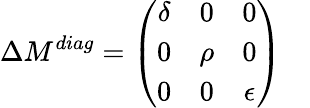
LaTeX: \Delta M^{diag}=\left(\begin{array}{ccc}{{\delta}}&{{0}}&{{0}}\\ {{0}}&{{\rho}}&{{0}}\\ {{0}}&{{0}}&{{\epsilon}}\end{array}\right)~~~~